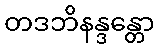
တဒဘိနန္ဒန္တော